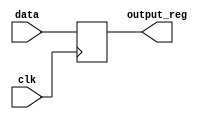
module Register(
    input data,
    input clk,
    output reg output_reg
);

always @(posedge clk)
begin
    output_reg <= data;
end

endmodule